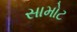
સામોટ